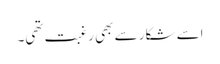
اسے شکار سے بھی رغبت تھی۔